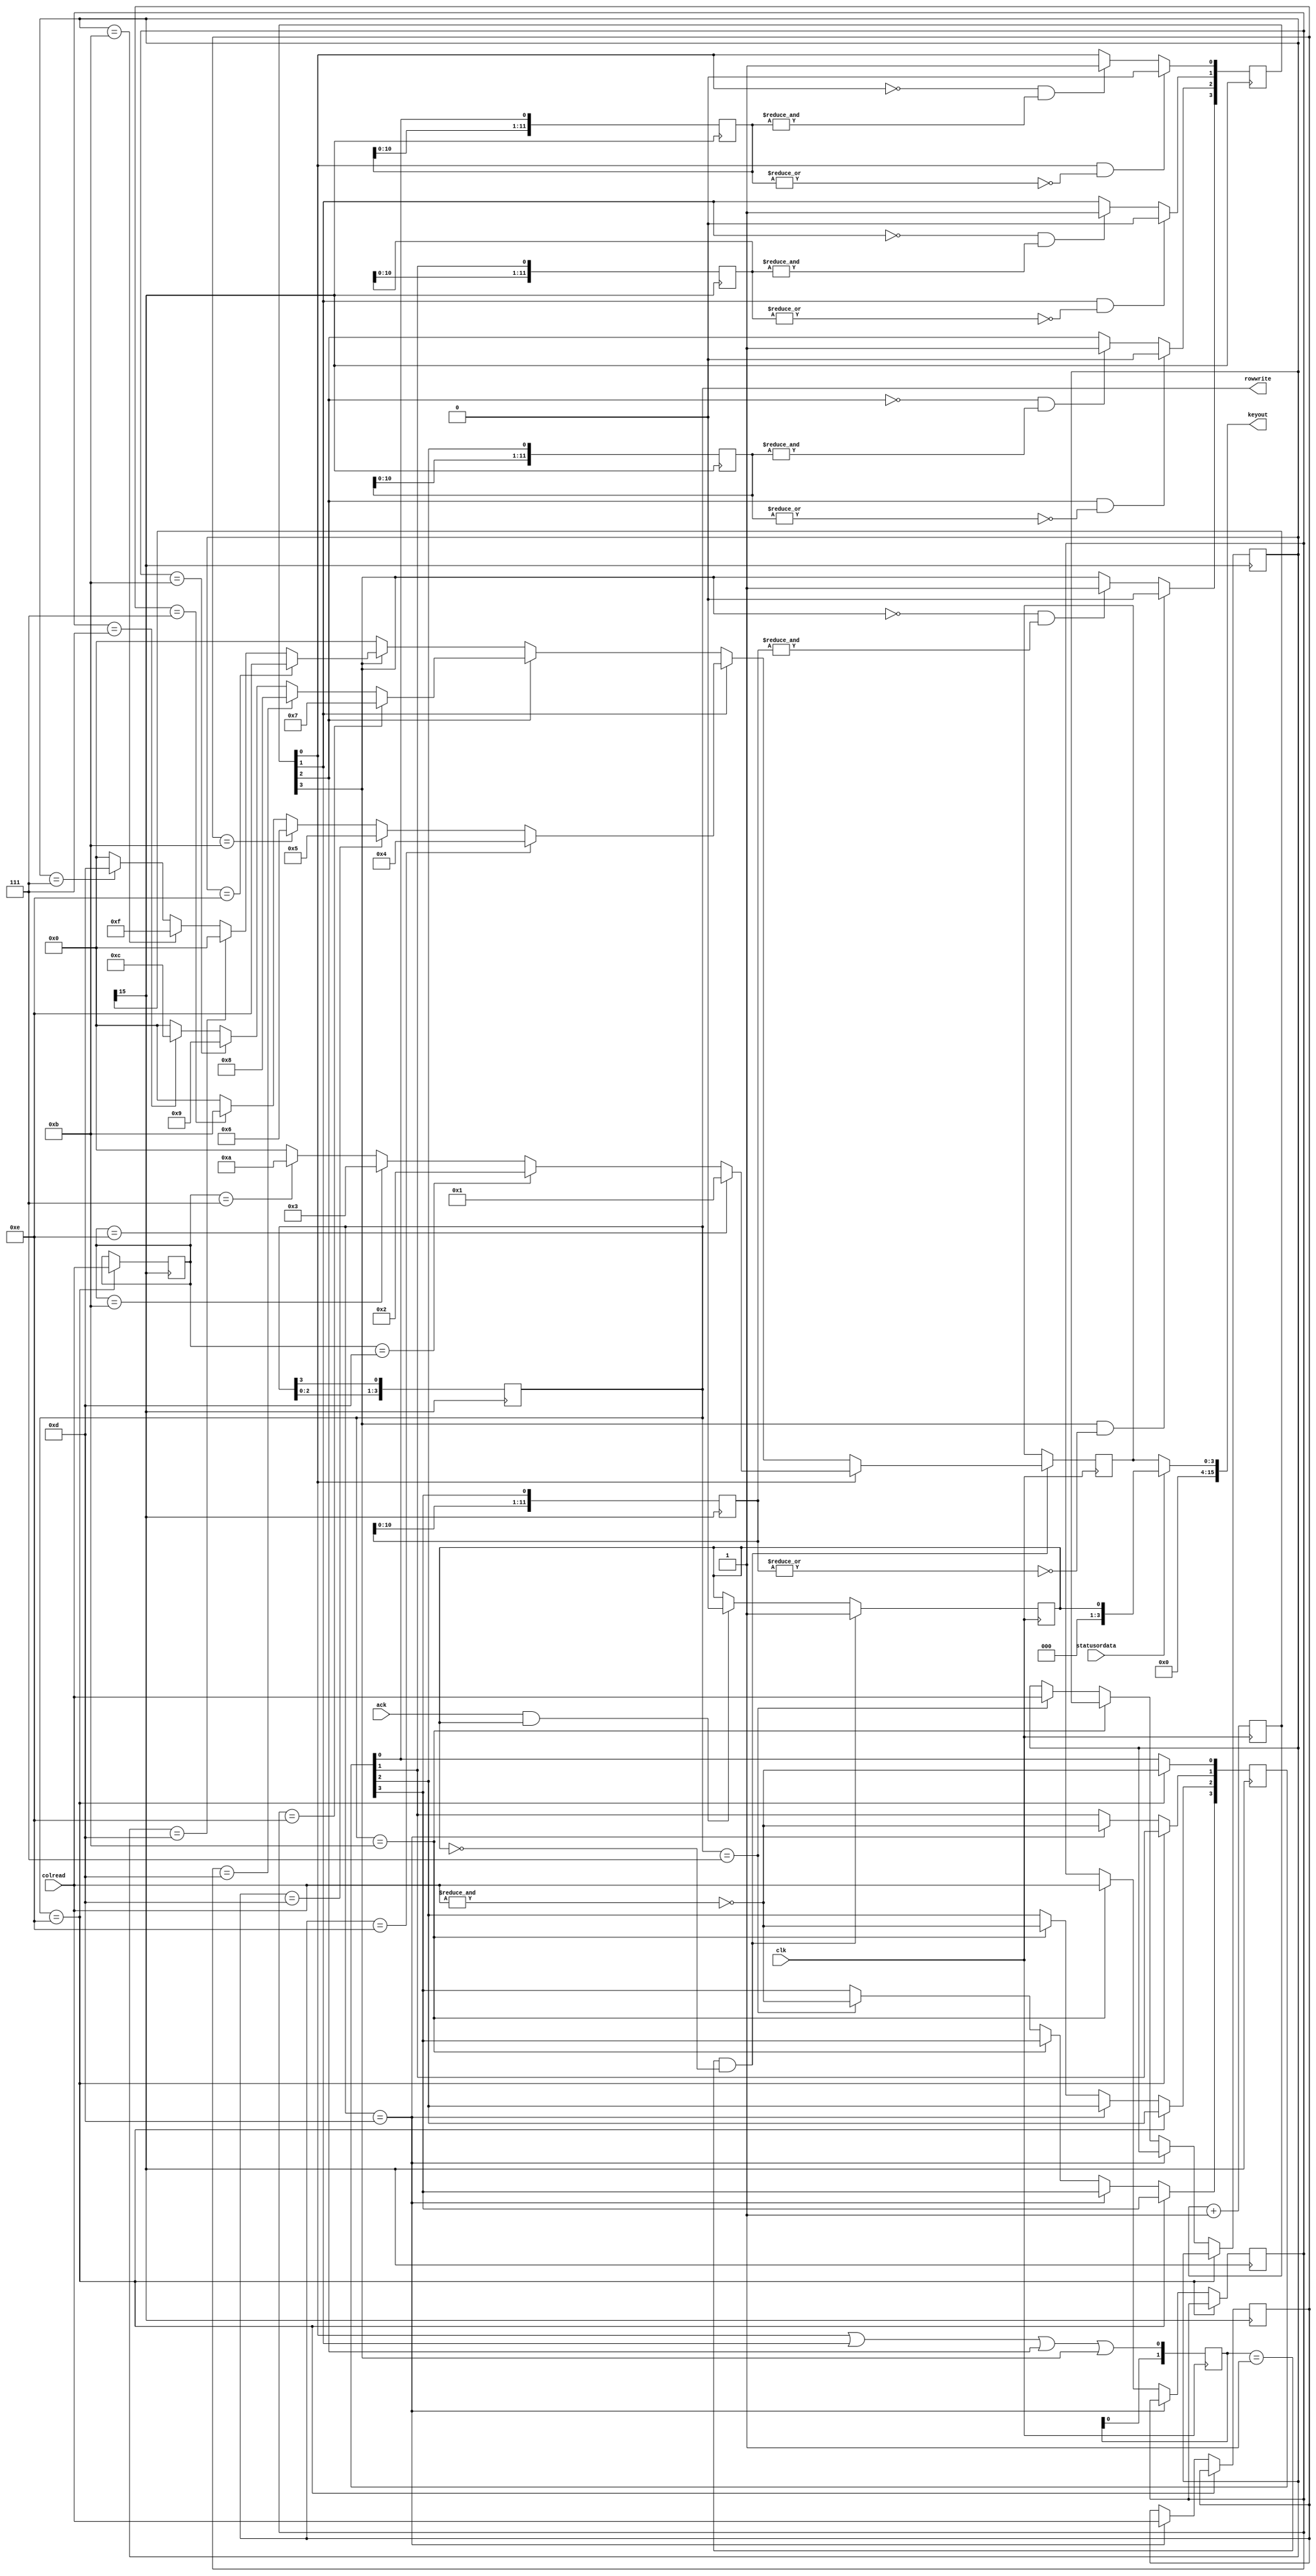
module keypad (
						output reg [3:0] rowwrite,
						input [3:0] colread,
						input clk,
						input ack,
						input statusordata,
						output reg [15:0] keyout
						);
wire keypressed;		
reg [25:0] clk1;
reg ready;
reg [3:0] keyread, data;
reg [3:0] rowpressed;
reg [3:0] pressedcol [0:3];
reg [11:0] rowpressed_buffer0, rowpressed_buffer1, rowpressed_buffer2, rowpressed_buffer3;
reg [3:0] rowpressed_debounced;

always @(posedge clk)
	clk1<=clk1+1;

always @(posedge clk1[15])
	rowwrite<={rowwrite[2:0], rowwrite[3]};

always @(posedge clk1[15])
	if (rowwrite== 4'b1110)
		begin
			rowpressed[0]<= ~(&colread); //colread=1111--> none of them pressed, colread=1110 --> 1, colread=1101-->2, 1011-->3, 0111->A
			pressedcol[0]<=colread;
		end
	else if (rowwrite==4'b1101)
		begin
			rowpressed[1]<= ~(&colread); //colread=1111--> none of them pressed, colread=1110 --> 4, colread=1101-->5, 1011-->6, 0111->B
			pressedcol[1]<=colread;
		end
	else if (rowwrite==4'b1011)
		begin
			rowpressed[2]<= ~(&colread); //colread=1111--> none of them pressed, colread=1110 --> 7, colread=1101-->8, 1011-->9, 0111->C
			pressedcol[2]<=colread;
		end
	else if (rowwrite==4'b0111)
		begin
			rowpressed[3]<= ~(&colread); //colread=1111--> none of them pressed, colread=1110 --> *(E), colread=1101-->0, 1011-->#(F), 0111->D
			pressedcol[3]<=colread;
		end
		
wire transition0_10;
wire transition0_01;

assign transition0_10=~|rowpressed_buffer0;
assign transition0_01=&rowpressed_buffer0;

wire transition1_10;
wire transition1_01;

assign transition1_10=~|rowpressed_buffer1;
assign transition1_01=&rowpressed_buffer1;

wire transition2_10;
wire transition2_01;

assign transition2_10=~|rowpressed_buffer2;
assign transition2_01=&rowpressed_buffer2;

wire transition3_10;
wire transition3_01;

assign transition3_10=~|rowpressed_buffer3; //kpd=1-->0
assign transition3_01=&rowpressed_buffer3;  //kpd=0-->1


always @(posedge clk1[15])
	begin
		rowpressed_buffer0<= {rowpressed_buffer0[10:0],rowpressed[0]};
		if (rowpressed_debounced[0]==0 && transition0_01)
			rowpressed_debounced[0]<=1;
		if (rowpressed_debounced[0]==1 && transition0_10)
			rowpressed_debounced[0]<=0;
	
	rowpressed_buffer1<= {rowpressed_buffer1[10:0],rowpressed[1]};
		if (rowpressed_debounced[1]==0 && transition1_01)
			rowpressed_debounced[1]<=1;
		if (rowpressed_debounced[1]==1 && transition1_10)
			rowpressed_debounced[1]<=0;
			
	rowpressed_buffer2<= {rowpressed_buffer2[10:0],rowpressed[2]};
		if (rowpressed_debounced[2]==0 && transition2_01)
			rowpressed_debounced[2]<=1;
		if (rowpressed_debounced[2]==1 && transition2_10)
			rowpressed_debounced[2]<=0;
	
	rowpressed_buffer3<= {rowpressed_buffer3[10:0],rowpressed[3]};
		if (rowpressed_debounced[3]==0 && transition3_01)
			rowpressed_debounced[3]<=1;
		if (rowpressed_debounced[3]==1 && transition3_10)
			rowpressed_debounced[3]<=0;
	end 

always @*
	begin
		if (rowpressed_debounced[0]==1)
			begin
				if (pressedcol[0]==4'b1110)
					keyread=4'h1;
				else if (pressedcol[0]==4'b1101)
					keyread=4'h2;
				else if (pressedcol[0]==4'b1011)
					keyread=4'h3;
				else if (pressedcol[0]==4'b0111)
					keyread=4'hA;
				else keyread=4'b0000;
			end
		else if (rowpressed_debounced[1]==1)
			begin
				if (pressedcol[1]==4'b1110)
					keyread=4'h4;
				else if (pressedcol[1]==4'b1101)
					keyread=4'h5;
				else if (pressedcol[1]==4'b1011)
					keyread=4'h6;
				else if (pressedcol[1]==4'b0111)
					keyread=4'hB;
				else keyread=4'b0000;
			end
		else if (rowpressed_debounced[2]==1)
			begin
				if (pressedcol[2]==4'b1110)
					keyread=4'h7;
				else if (pressedcol[2]==4'b1101)
					keyread=4'h8;
				else if (pressedcol[2]==4'b1011)
					keyread=4'h9;
				else if (pressedcol[2]==4'b0111)
					keyread=4'hC;
				else keyread=4'b0000;
			end
		else if (rowpressed_debounced[3]==1)
			begin
				if (pressedcol[3]==4'b1110)
					keyread=4'hE;
				else if (pressedcol[3]==4'b1101)
					keyread=4'h0;
				else if (pressedcol[3]==4'b1011)
					keyread=4'hF;
				else if (pressedcol[3]==4'b0111)
					keyread=4'hD;
				else keyread=4'b0000;
			end
		else keyread=4'b0000;
	end //always


assign keypressed= rowpressed_debounced[0]||rowpressed_debounced[1]||rowpressed_debounced[2]||rowpressed_debounced[3];

reg [1:0] keypressed_buffer; //yeni karakter iin parma ekip tekrar basmamz iin gerekli

always @(posedge clk)
	keypressed_buffer<={keypressed_buffer[0],keypressed};

always @(posedge clk)
	if ((keypressed_buffer==2'b01)&&(ready==0))
		begin
			data<=keyread;
			ready<=1;
		end
	else if ((ack==1)&&(ready==1))
		ready<=0;
	
always @(*)
	if (statusordata==1)
		keyout={15'b0,ready};
	else
		keyout={12'b0,data};
	
initial 
	begin
		rowwrite=4'b1110;		
		ready=0;
	end
endmodule